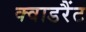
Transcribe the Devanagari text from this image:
क्वाडरैंट